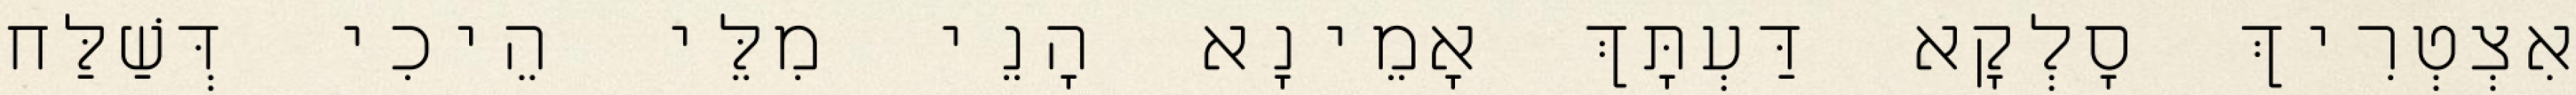
אִצְטְרִיךְ סָלְקָא דַּעְתָּךְ אָמֵינָא הָנֵי מִלֵּי הֵיכִי דְּשַׁלַּח